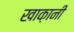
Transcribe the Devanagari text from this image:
खाक़ानी